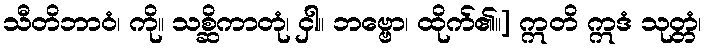
သီတိဘာဝံ၊ ကို။ သစ္ဆိကာတုံ၊ ငှါ။ ဘဗ္ဗော၊ ထိုက်၏။] ဣတိ ဣဒံ သုတ္တံ၊